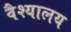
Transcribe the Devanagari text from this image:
वैश्यालय